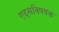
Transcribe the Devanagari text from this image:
एड्‌सविषयक